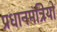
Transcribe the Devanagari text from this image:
प्रधानमंत्रियो